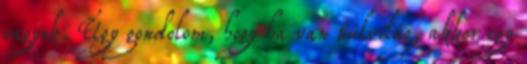
vagyok. Úgy gondolom, hogy ha van túlvilág, akkor egy